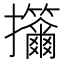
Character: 𢺣